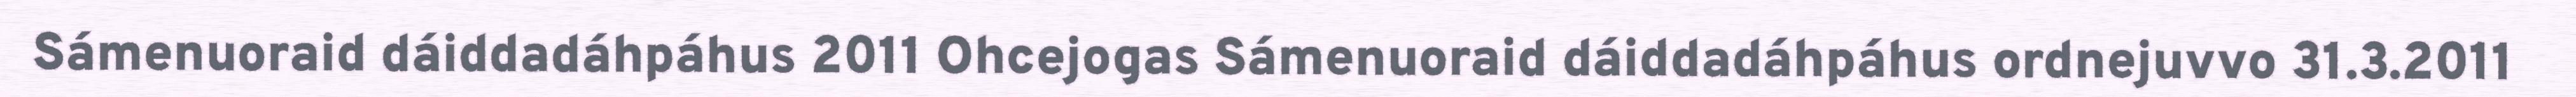
Sámenuoraid dáiddadáhpáhus 2011 Ohcejogas Sámenuoraid dáiddadáhpáhus ordnejuvvo 31.3.2011